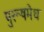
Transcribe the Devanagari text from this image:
पुरूषमेध